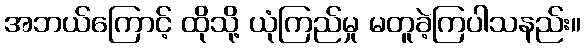
အဘယ်ကြောင့် ထိုသို့ ယုံကြည်မှု မတူခဲ့ကြပါသနည်း။